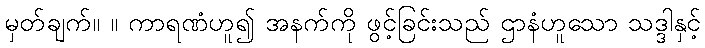
မှတ်ချက်။ ။ ကာရဏံဟူ၍ အနက်ကို ဖွင့်ခြင်းသည် ဌာနံဟူသော သဒ္ဒါနှင့်